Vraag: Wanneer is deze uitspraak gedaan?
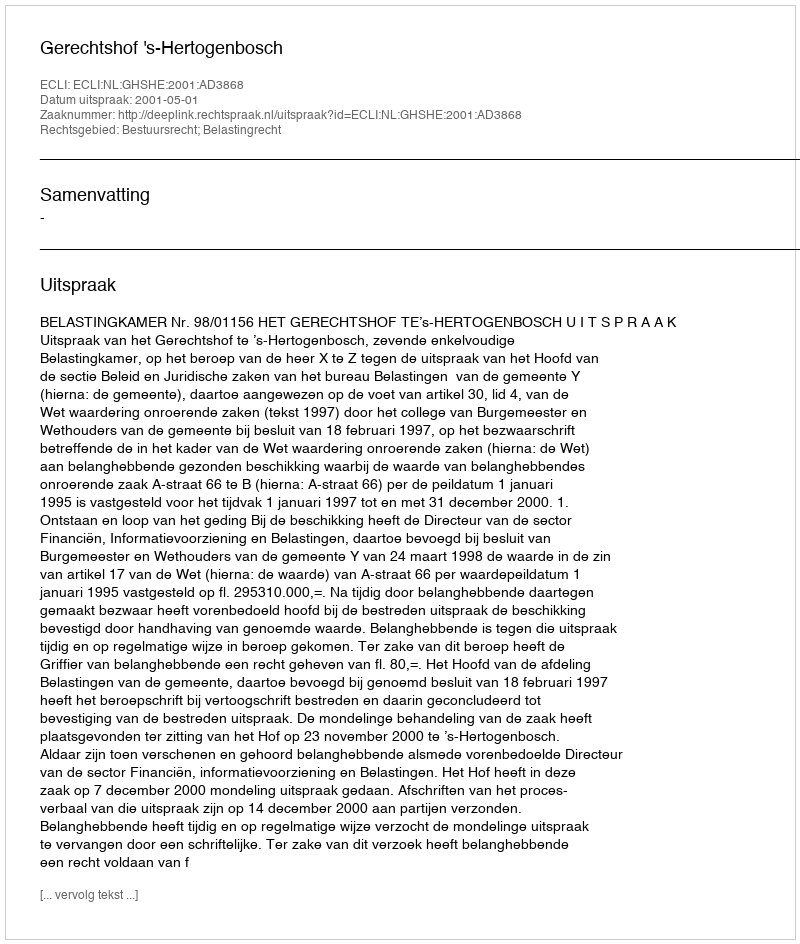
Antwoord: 2001-05-01